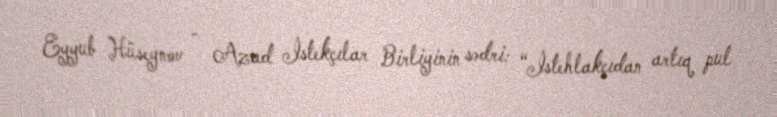
Eyyub Hüseynov - Azad İstekçılar Birliyinin sədri: “İstehlakçıdan artıq pul